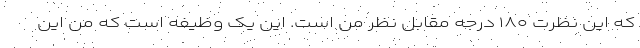
که این نظرت ۱۸۰ درجه مقابل نظر من است. این یک وظیفه است که من این